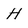
Character: H